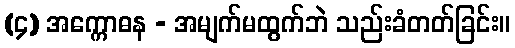
(၄) အက္ကောဓန - အမျက်မထွက်ဘဲ သည်းခံတတ်ခြင်း။